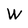
Character: W